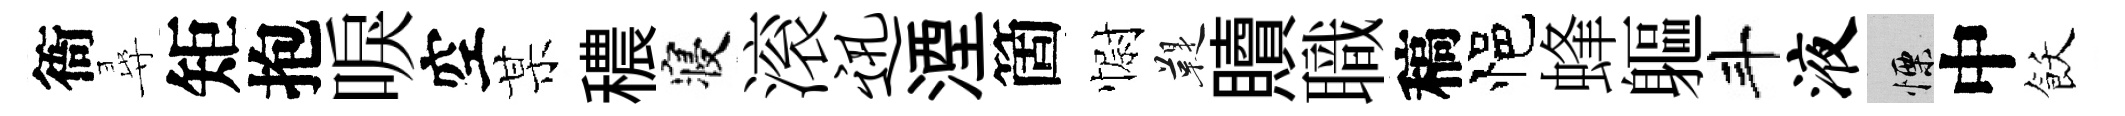
衙尋矩抱唳空某穠寝滚迅湮箇𢠢鞮贖職稿悒蜂軀斗液慄中飫